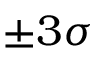
\pm 3 \sigma